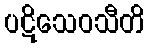
ပဋိသေဝသီတိ